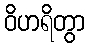
ဝိဟရိတွာ